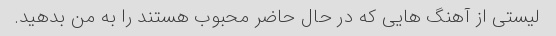
لیستی از آهنگ هایی که در حال حاضر محبوب هستند را به من بدهید.